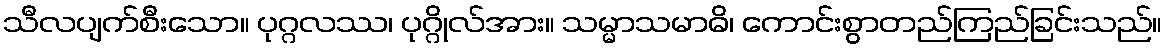
သီလပျက်စီးသော။ ပုဂ္ဂလဿ၊ ပုဂ္ဂိုလ်အား။ သမ္မာသမာဓိ၊ ကောင်းစွာတည်ကြည်ခြင်းသည်။